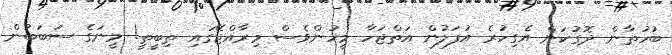
ބުހުތާން ދޮގުކަން އެގިހުރެ އުފަލުން އަތްޖަހާ މީހުންވެސް މިރާއްޖޭގައި ތިބީތީ! މީނަގެ ސަބަބުން